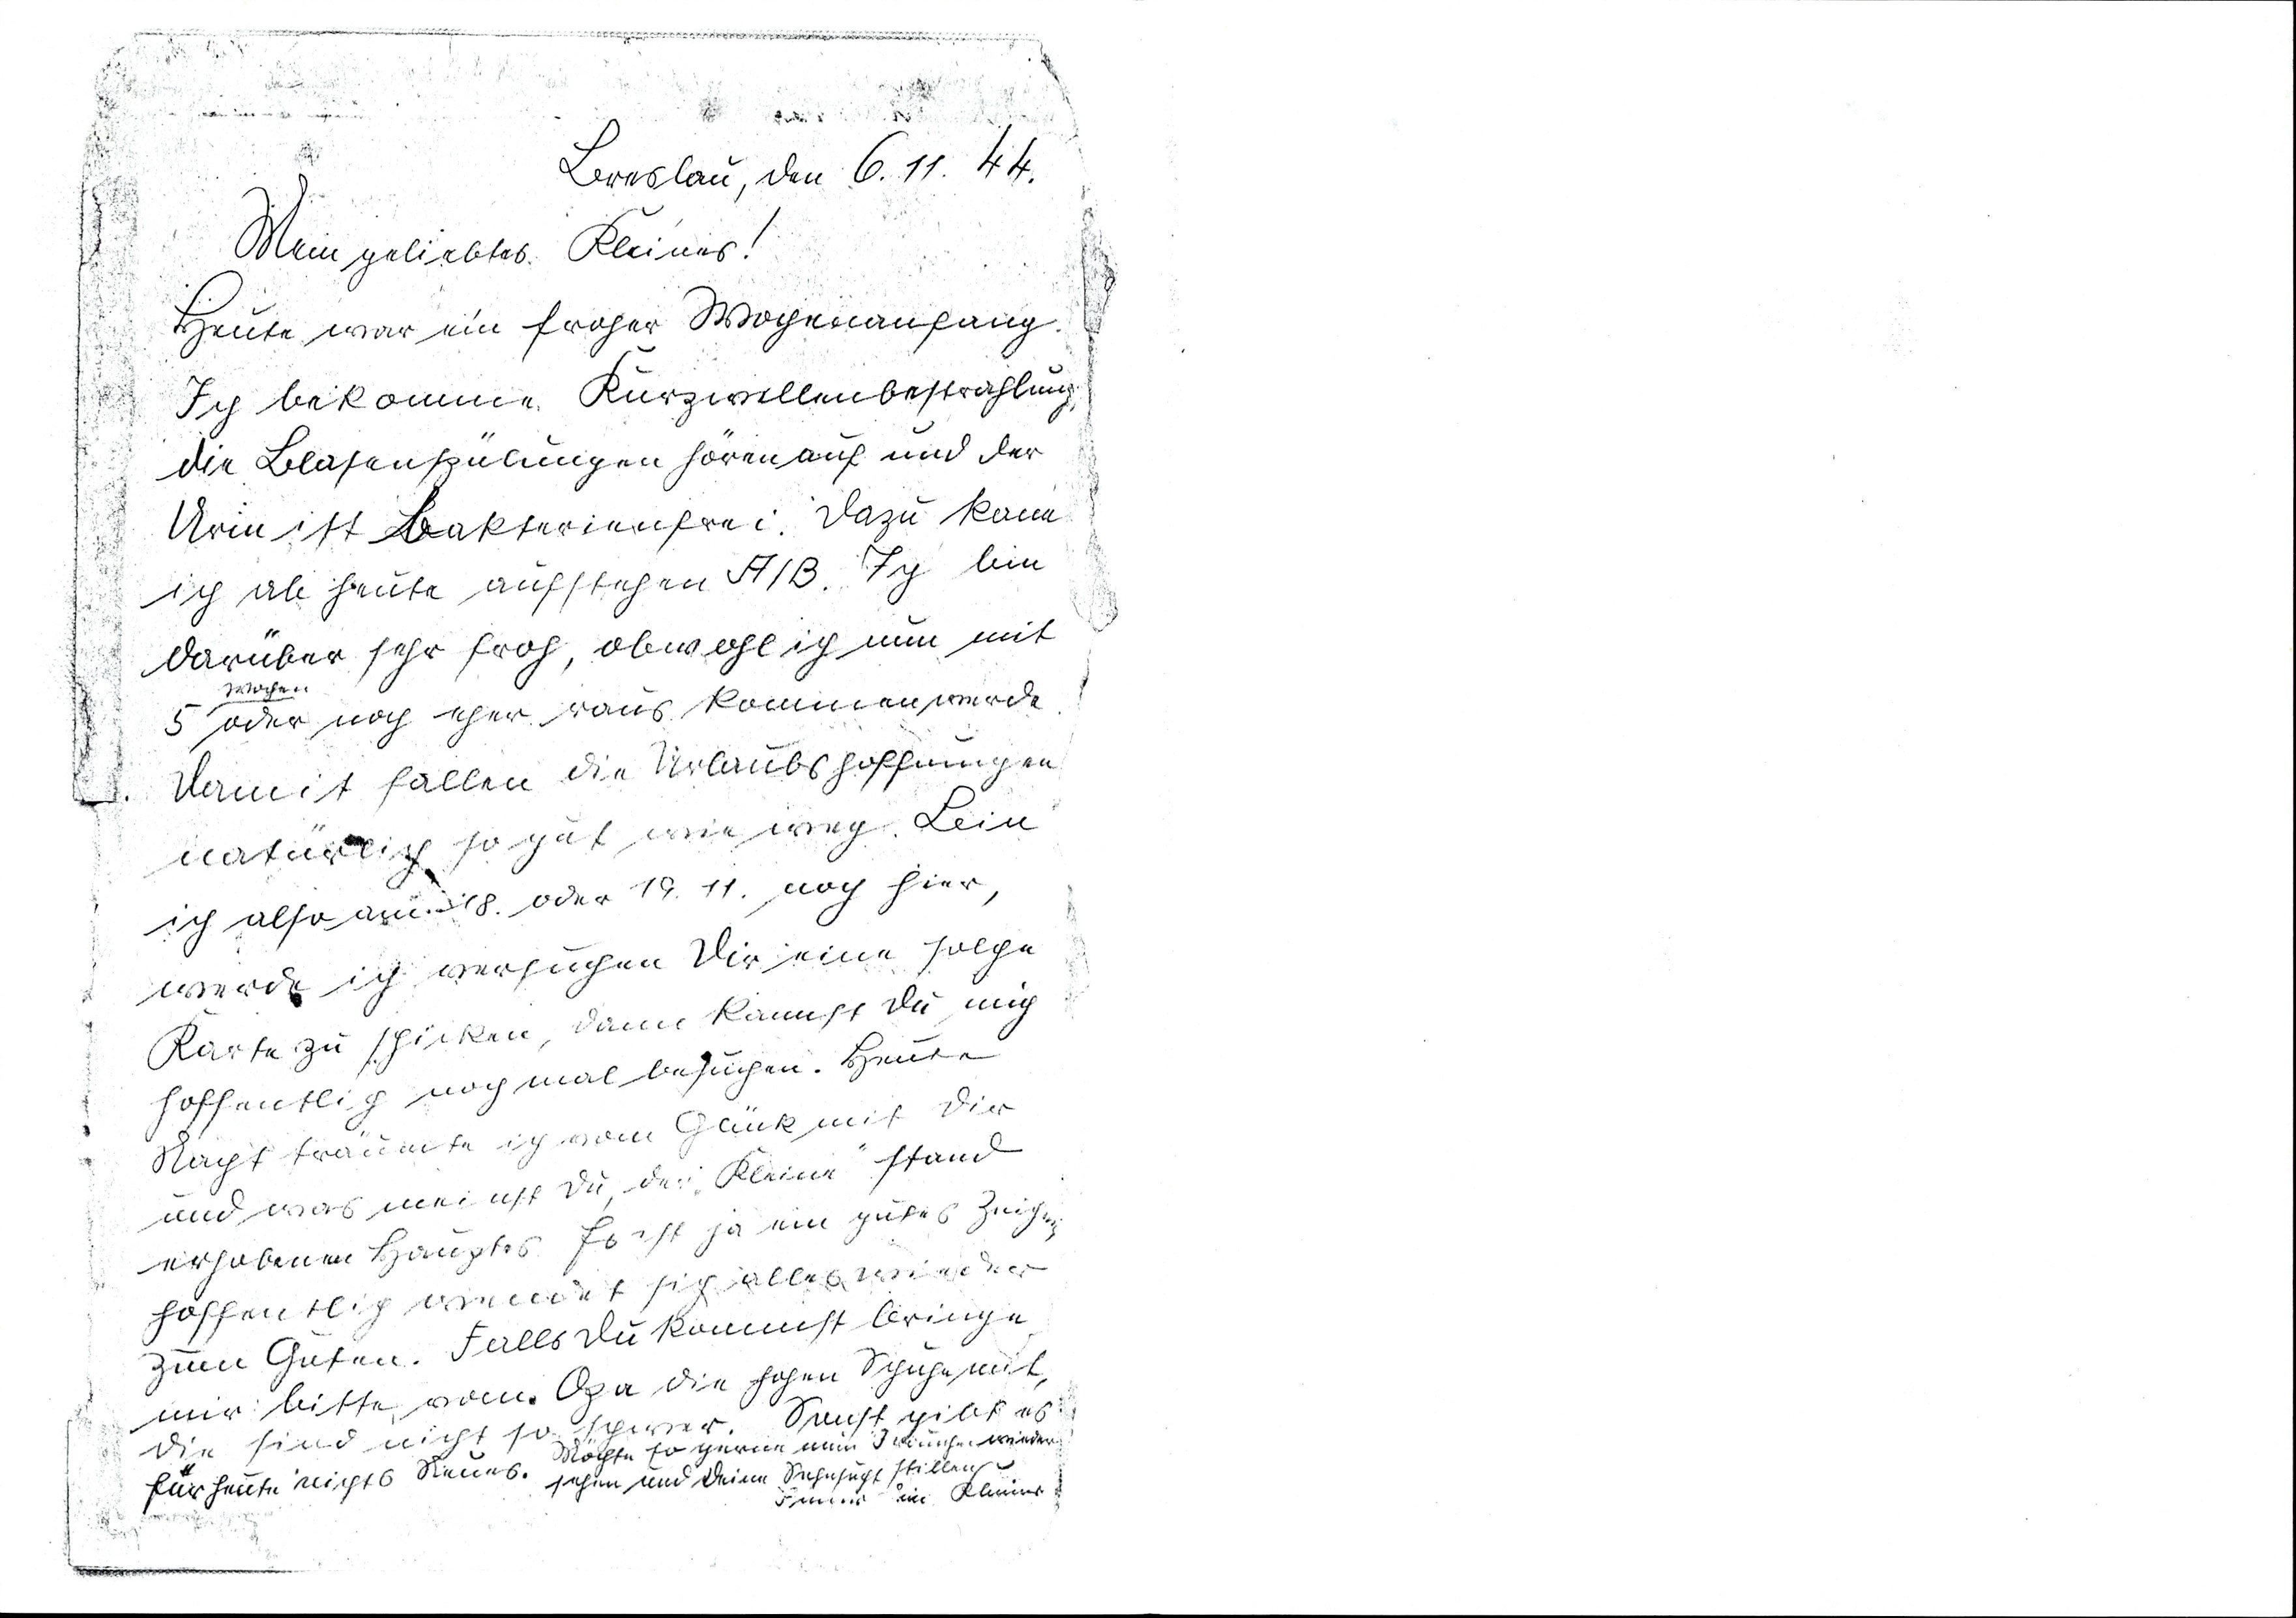
Breslau, den 6. 11. 44.
Mein geliebtes Kleines!
Heute war ein froher Wochenanfang.
Ich bekomme Kurzwellenbestrahlung,
die Blasenspülungen hören auf und der
Urin ist bakterienfrei. Dazu kann
ich ab heute aufstehen A / B. Ich bin
darüber sehr froh, obwohl ich nun mit
5 Wochen oder noch eher raus kommen werde.
Damit fallen die Urlaubshoffnungen
natürlich so gut wie weg. Bin
ich also am 18. oder 19. 11. noch hier,
werde ich versuchen Dir eine solche
Karte zu schicken, dann kannst Du mich
hoffentlich noch mal besuchen. Heute
Nacht träumte ich vom Glück mit Dir
und was meinst Du, der "Kleine" stand
erhobenem Hauptes. Es ist ja ein gutes Zeichen
hoffentlich wendet sich alles wieder
zum Guten. Falls Du kommst bringe
mir bitte vom Opa die hohen Schuhe mit,
die sind nicht so schwer. Sonst gibt es
für heute nichts Neues.
Möchte so gerne mein  wieder
sehen und Deine Sehnsucht stillen
 dein Kleines